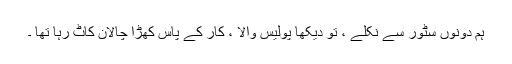
ہم دونوں سٹور سے نکلے ، تو دیکھا پولیس والا ، کار کے پاس کھڑا چالان کاٹ رہا تھا ۔